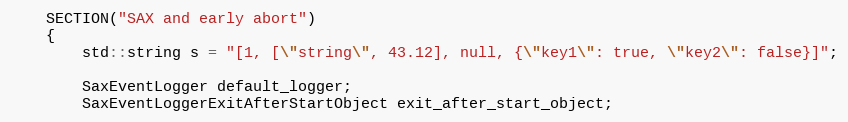
Language: C++
    SECTION("SAX and early abort")
    {
        std::string s = "[1, [\"string\", 43.12], null, {\"key1\": true, \"key2\": false}]";

        SaxEventLogger default_logger;
        SaxEventLoggerExitAfterStartObject exit_after_start_object;